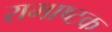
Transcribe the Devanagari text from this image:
रामाष्टक